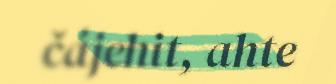
čájehit, ahte